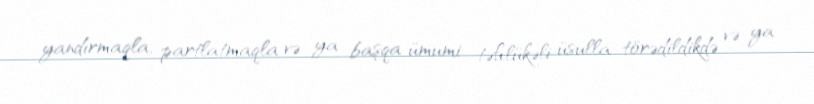
yandırmaqla, partlatmaqla və ya başqa ümumi təhlükəli üsulla törədildikdə və ya